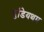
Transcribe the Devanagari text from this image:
गुडियथम